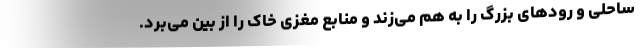
ساحلی و رودهای بزرگ را به هم می‌زند و منابع مغزی خاک را از بین می‌برد.